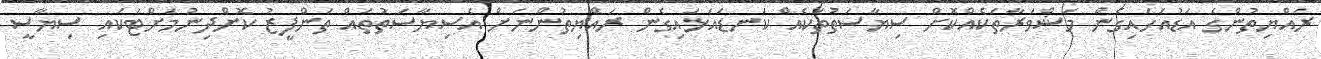
ރައްޔިތުންގެ އަޑުއަހައިގެން މަޝްވަރާތަކެއްކޮށް ސިޔާސަތުތަކެއް ކަނޑައަޅައިގެން ރައްޔިތުންނަށް އެސިޔާސަތުތައް ތަންފީޒު ކޮށްދިނުމަށްޓަކައި ސިޔާސީ